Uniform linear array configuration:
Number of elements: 24
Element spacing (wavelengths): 0.75
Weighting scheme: hamming
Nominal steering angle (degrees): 15
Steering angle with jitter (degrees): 15.38
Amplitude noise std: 0.05
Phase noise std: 0.05

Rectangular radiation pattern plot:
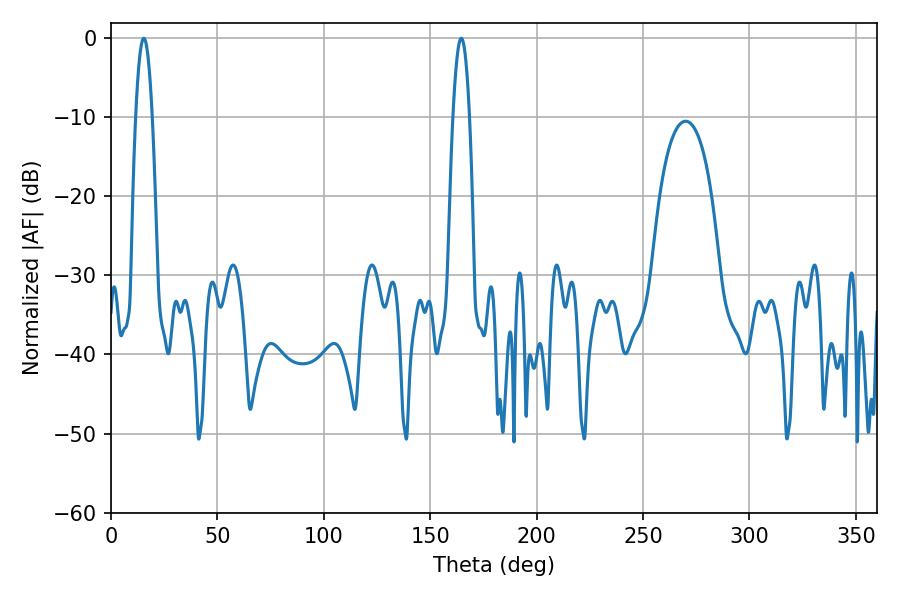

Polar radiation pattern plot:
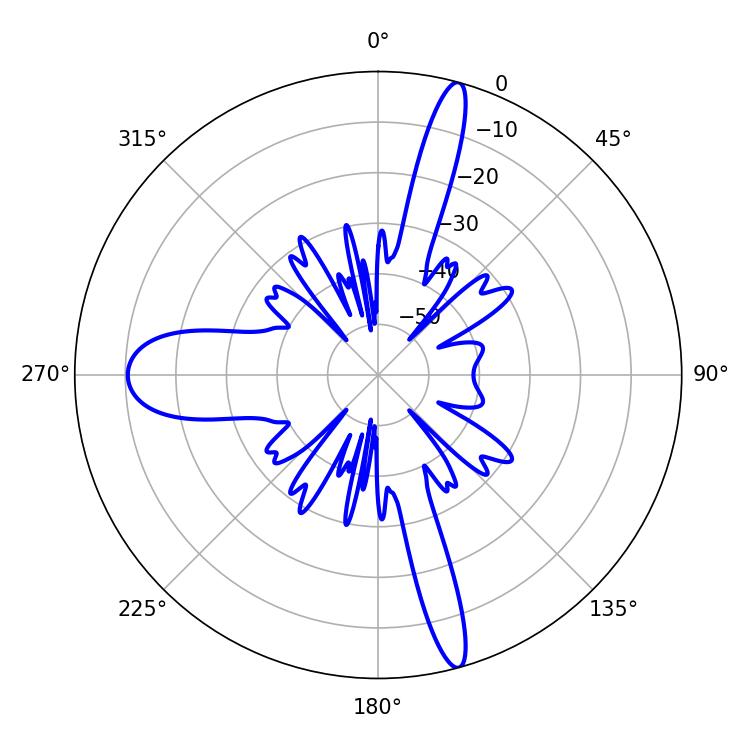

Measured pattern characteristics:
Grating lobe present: TRUE
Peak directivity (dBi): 20.062
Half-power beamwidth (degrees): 4.14
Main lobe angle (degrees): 164.52